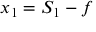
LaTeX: x _ { 1 } = S _ { 1 } - f